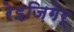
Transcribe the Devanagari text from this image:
रेइज़िगेर्